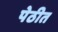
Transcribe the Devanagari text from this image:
पेठीत